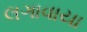
લગાવાયા